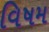
વિષમ